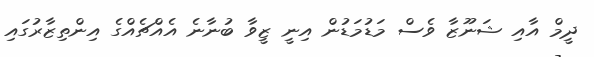
ދީމް އާއި ޝަނޫޒާ ވެސް މަޑުމަޑުން އިނީ ޒީވާ ބުނާނެ އެއްޗެއްގެ އިންތިޒާރުގައި